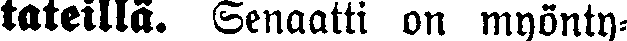
tateillä. Senaatti on myönty-